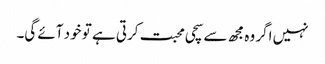
نہیں اگر وہ مجھ سے سچی محبت کرتی ہے تو خود آئے گی۔